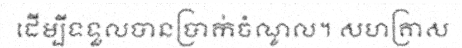
ដើម្បីទទួលបានប្រាក់ចំណូល។ សហគ្រាស